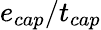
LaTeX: e_{cap}/t_{cap}